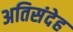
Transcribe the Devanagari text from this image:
अतिसंदेह